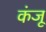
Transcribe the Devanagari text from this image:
कंजू